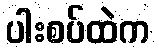
ပါးစပ်ထဲက